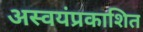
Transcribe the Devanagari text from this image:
अस्वयंप्रकाशित